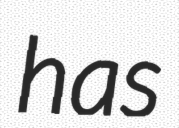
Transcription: has